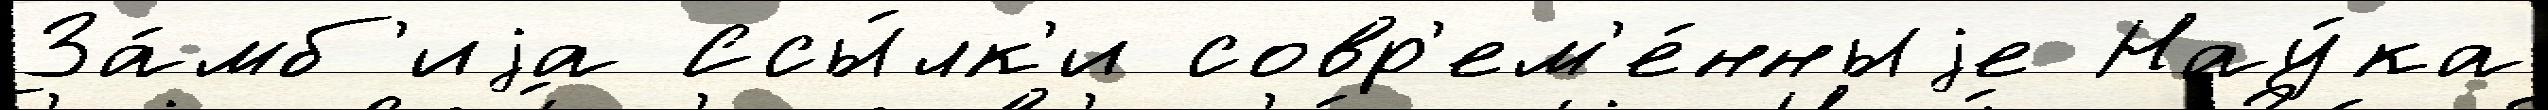
За́мб'иjа Ссы́лк'и совр'ем'е́нныjе Нау́ка